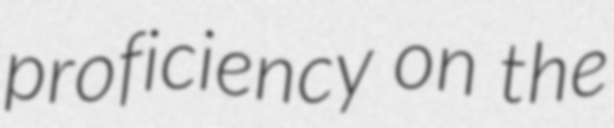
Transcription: proficiency on the